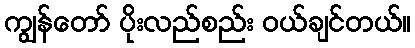
ကျွန်တော် ပိုးလည်စည်း ဝယ်ချင်တယ်။